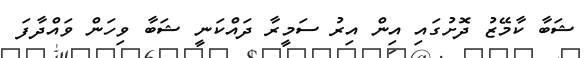
ޝަބާ ކާމޭޒު ދޮށުގައި އިން އިރު ސަމީރާ ދައްކަނީ ޝަބާ ވިހަން ވައްދާފަ